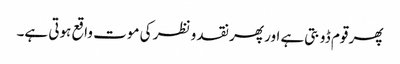
پھر قوم ڈوبتی ہے اور پھر نقد و نظر کی موت واقع ہوتی ہے۔